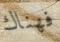
فهناك